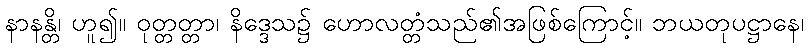
နာနန္တိ၊ ဟူ၍။ ဝုတ္တတ္တာ၊ နိဒ္ဒေသ၌ ဟောလတ္တံသည်၏အဖြစ်ကြောင့်။ ဘယတုပဋ္ဌာနေ၊